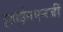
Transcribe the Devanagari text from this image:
ऱ्हाईनएनर्जी